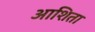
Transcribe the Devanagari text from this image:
आशिता